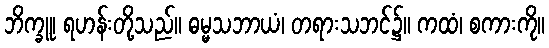
ဘိက္ခူ၊ ရဟန်းတို့သည်။ ဓမ္မသဘာယံ၊ တရားသဘင်၌။ ကထံ၊ စကားကို။